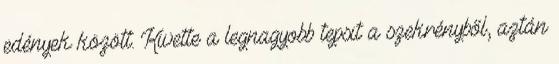
edények között. Kivette a legnagyobb tepsit a szekrényből, aztán